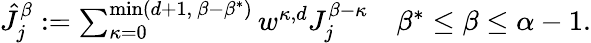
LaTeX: \begin{array}{r}{\hat{J}_{j}^{\beta}:=\sum_{\kappa=0}^{\operatorname*{min}(d+1,\ \beta-\beta^{*})}w^{\kappa,d}J_{j}^{\beta-\kappa}\quad\beta^{*}\le\beta\le\alpha-1.}\end{array}